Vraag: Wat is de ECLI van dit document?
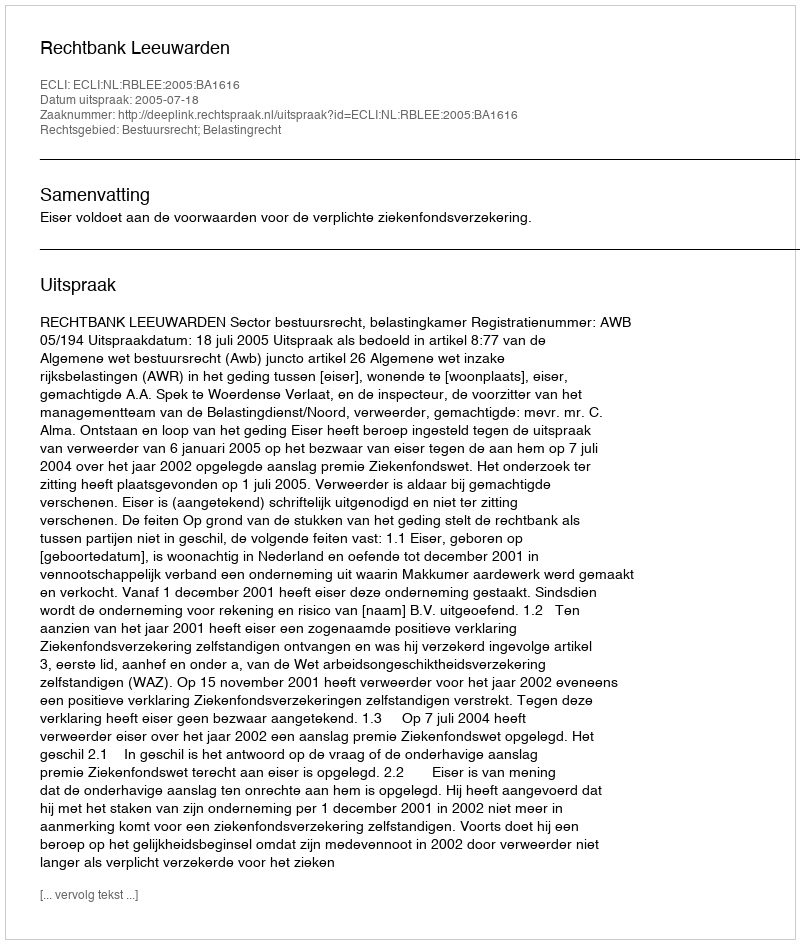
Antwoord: ECLI:NL:RBLEE:2005:BA1616